Source: Handwritten
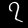
Digit: ၇ (7)